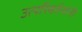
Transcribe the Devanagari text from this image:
उत्परिवर्तनांनी